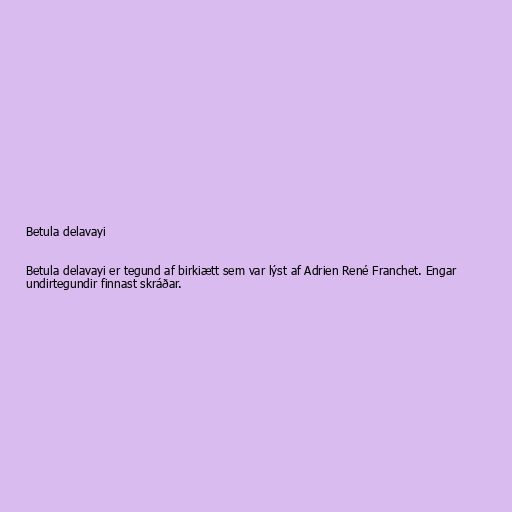
Betula delavayi

Betula delavayi er tegund af birkiætt sem var lýst af Adrien René Franchet. Engar
undirtegundir finnast skráðar.